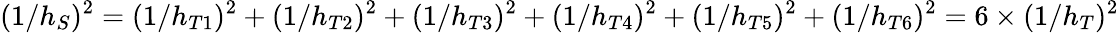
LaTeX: (1/h_{S})^{2}=(1/h_{T1})^{2}+(1/h_{T2})^{2}+(1/h_{T3})^{2}+(1/h_{T4})^{2}+(1/h_{T5})^{2}+(1/h_{T6})^{2}=6\times(1/h_{T})^{2}